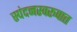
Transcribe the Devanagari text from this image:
स्पंदनस्वरूपात